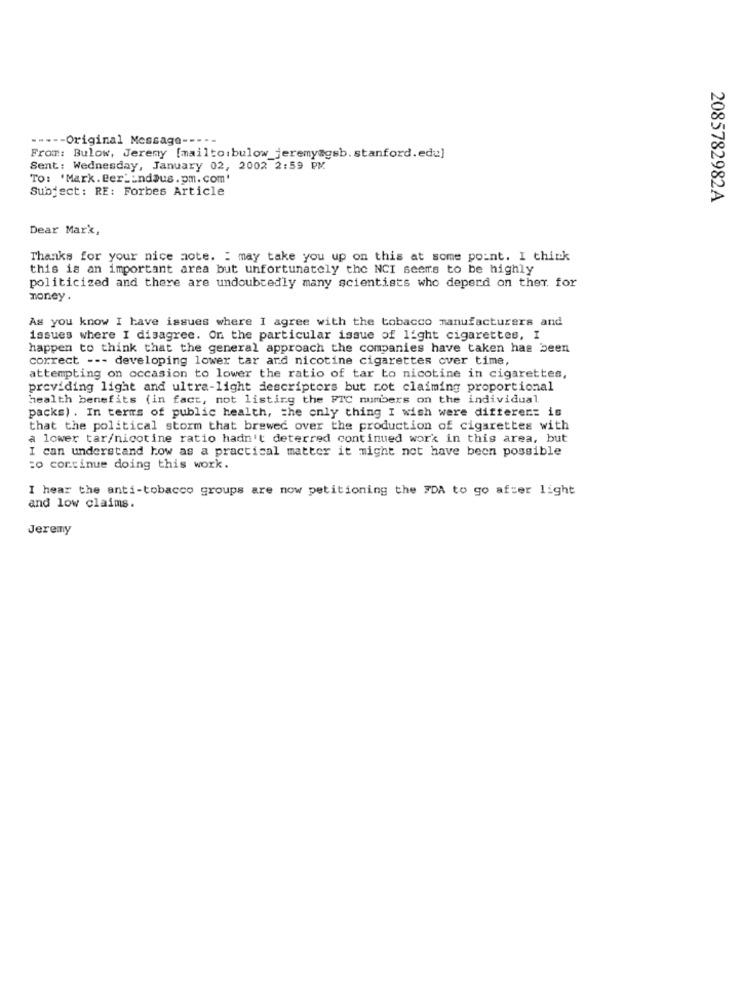
----- Original Message -----
From: Bulow, Jeremy [mailto:bulow_jeremy@gsb. stanford.edu]
Sent: Wednesday, January 02, 2002 2:59 PM
TO: 'Mark. Ber __ ndaus.pm. com'
Subject: RE: Forbes Article
2085782982A
Dear Mark,
Thanks for your nice aote. : may take you up on this at some point. I think
this is an important area but unfortunately the NCI seems to be highly
politicized and there are undoubtedly many scientists who deperd on ther. for
money.
As you know I have issues where I agree with the tobacco manufacturers and
issues where I disagree. On the particular issue of light cigarettes, I
happen to think that the general approach the companies have taken has been
correct --- developing lower tar and nicotine cigarettes over time,
attempting on occasion to lower the ratio of tar bo nicotine in cigarettes,
providing light and ultra-light descriptors but rot claiming proportional
health benefits (in fact, not listing the FTC numbers on the individual
packs) . In terms of public health, the only thing I wish were differen: is
that the political storm that brewed over the production of cigarettes with
a lower tar/nicotine ratio hadn't deterred continued work in this area, but
I can understand how as a practical matter it might not have been possible
:o continue doing this work.
I hear the anti-tobacco groups are now petitioning the FDA to go after light
and low claims.
Jeremy